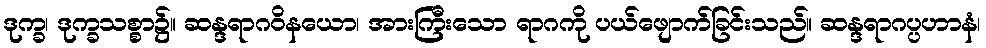
ဒုက္ခ၊ ဒုက္ခသစ္စာ၌။ ဆန္ဒရာဂဝိနယော၊ အားကြီးသော ရာဂကို ပယ်ဖျောက်ခြင်းသည်။ ဆန္ဒရာဂပ္ပဟာနံ၊